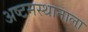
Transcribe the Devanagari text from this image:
अष्टमस्थानाला